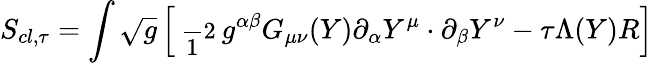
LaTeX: S_{cl,\tau}=\int\sqrt{g}\left[\mathrm{\small{~\frac~12~}}g^{\alpha\beta}G_{\mu\nu}(Y)\partial_{\alpha}Y^{\mu}\cdot\partial_{\beta}Y^{\nu}-\tau\Lambda(Y)R\right]